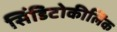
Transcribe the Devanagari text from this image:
सिंडिटोकीलिक